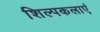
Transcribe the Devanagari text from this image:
शिल्पकलाएं